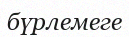
бүрлемеге